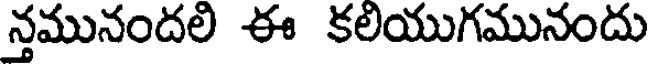
న్తమునందలి ఈ కలియుగమునందు